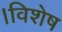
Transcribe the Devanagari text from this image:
।विशेष